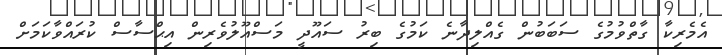
އެމެރިކާ ގާތްވުމުގެ ސަބަބުން ގެއްލިދާނެ ކަމުގެ ބިރު ސައޫދީ މަސްއޫލުވެރިން އިޙްސާސް ކުރައްވާކަމަށް